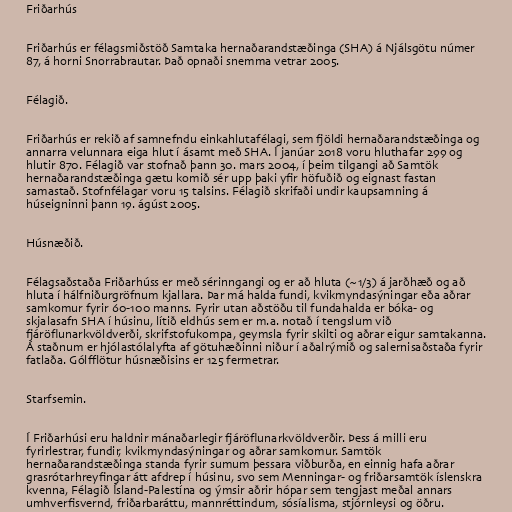
Friðarhús

Friðarhús er félagsmiðstöð Samtaka hernaðarandstæðinga (SHA) á Njálsgötu númer
87, á horni Snorrabrautar. Það opnaði snemma vetrar 2005.

Félagið.

Friðarhús er rekið af samnefndu einkahlutafélagi, sem fjöldi hernaðarandstæðinga og
annarra velunnara eiga hlut í ásamt með SHA. Í janúar 2018 voru hluthafar 299 og
hlutir 870. Félagið var stofnað þann 30. mars 2004, í þeim tilgangi að Samtök
hernaðarandstæðinga gætu komið sér upp þaki yfir höfuðið og eignast fastan
samastað. Stofnfélagar voru 15 talsins. Félagið skrifaði undir kaupsamning á
húseigninni þann 19. ágúst 2005.

Húsnæðið.

Félagsaðstaða Friðarhúss er með sérinngangi og er að hluta (~1/3) á jarðhæð og að
hluta í hálfniðurgröfnum kjallara. Þar má halda fundi, kvikmyndasýningar eða aðrar
samkomur fyrir 60-100 manns. Fyrir utan aðstöðu til fundahalda er bóka- og
skjalasafn SHA í húsinu, lítið eldhús sem er m.a. notað í tengslum við
fjáröflunarkvöldverði, skrifstofukompa, geymsla fyrir skilti og aðrar eigur samtakanna.
Á staðnum er hjólastólalyfta af götuhæðinni niður í aðalrýmið og salernisaðstaða fyrir
fatlaða. Gólfflötur húsnæðisins er 125 fermetrar.

Starfsemin.

Í Friðarhúsi eru haldnir mánaðarlegir fjáröflunarkvöldverðir. Þess á milli eru
fyrirlestrar, fundir, kvikmyndasýningar og aðrar samkomur. Samtök
hernaðarandstæðinga standa fyrir sumum þessara viðburða, en einnig hafa aðrar
grasrótarhreyfingar átt afdrep í húsinu, svo sem Menningar- og friðarsamtök íslenskra
kvenna, Félagið Ísland-Palestína og ýmsir aðrir hópar sem tengjast meðal annars
umhverfisvernd, friðarbaráttu, mannréttindum, sósíalisma, stjórnleysi og öðru.